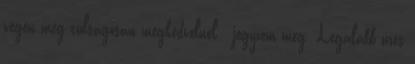
végén még túlságosan megkedvelnél - jegyzem meg. Legalább üres